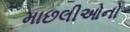
માછલીઓનો